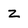
Character: Z